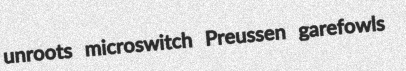
unroots microswitch Preussen garefowls